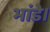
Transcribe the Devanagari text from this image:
भांडे।